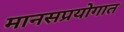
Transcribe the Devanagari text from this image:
मानसप्रयोगात